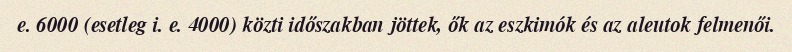
e. 6000 (esetleg i. e. 4000) közti időszakban jöttek, ők az eszkimók és az aleutok felmenői.